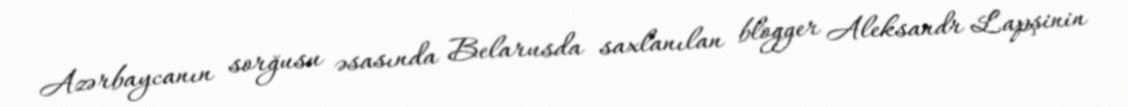
Azərbaycanın sorğusu əsasında Belarusda saxlanılan blogger Aleksandr Lapşinin